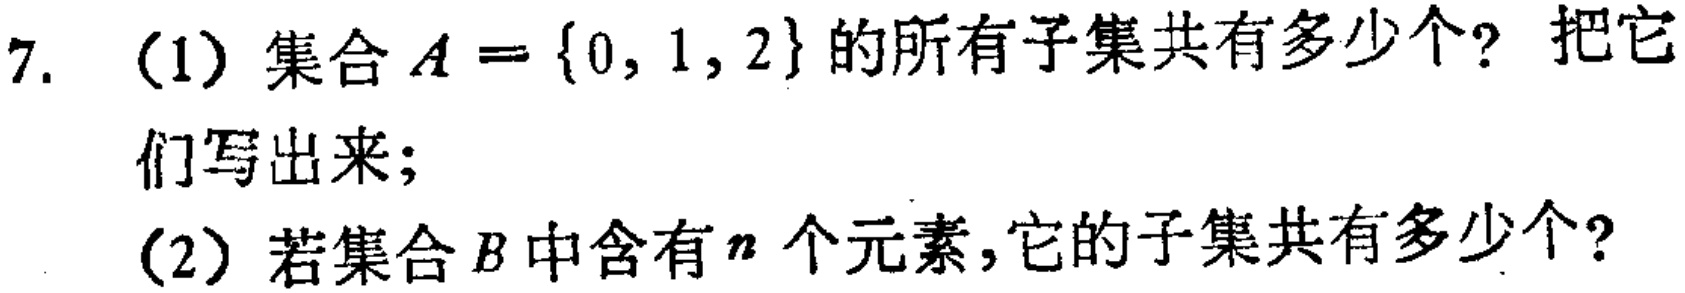
7. (1) 集合\(A = \{0, 1, 2\}\)的所有子集共有多少个？把它们写出来；

(2) 若集合\(B\)中含有\(n\)个元素，它的子集共有多少个？